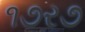
૧૭ર૭